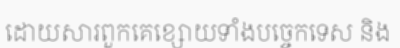
ដោយសារពួកគេខ្សោយទាំងបច្ចេកទេស និង